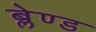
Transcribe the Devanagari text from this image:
ब्लेण्ड